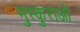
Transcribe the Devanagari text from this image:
मुस्कुराओ